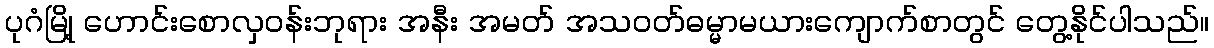
ပုဂံမြို့ ဟောင်းစောလှဝန်းဘုရား အနီး အမတ် အသဝတ်ဓမ္မာမယားကျောက်စာတွင် တွေ့နိုင်ပါသည်။